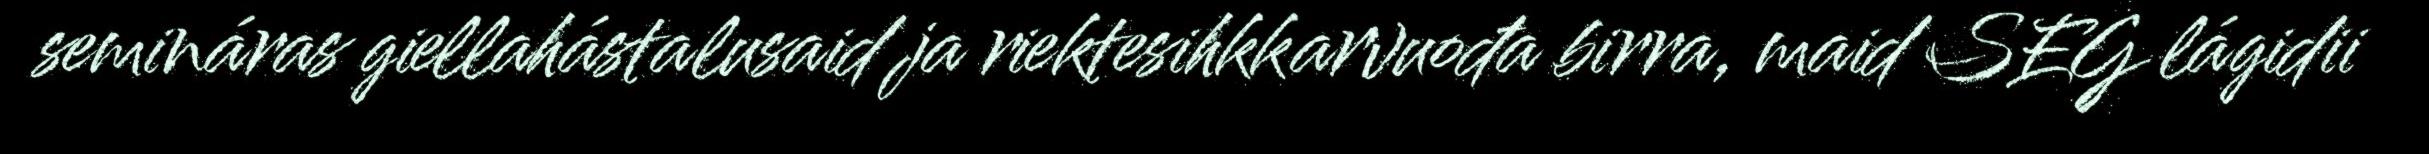
semináras giellahástalusaid ja riektesihkkarvuođa birra, maid SEG lágidii